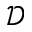
\mathcal { D }